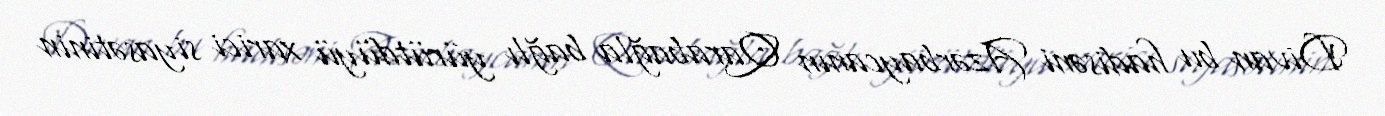
Divan bu hadisəni Azərbaycanın Qarabağla bağlı yürütdüyü xarici siyasətinin